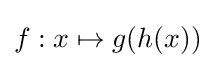
f:x\mapsto g(h(x))